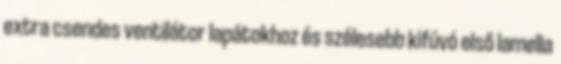
extra csendes ventilátor lapátokhoz és szélesebb kifúvó első lamella